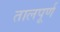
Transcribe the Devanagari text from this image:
तालपूर्ण